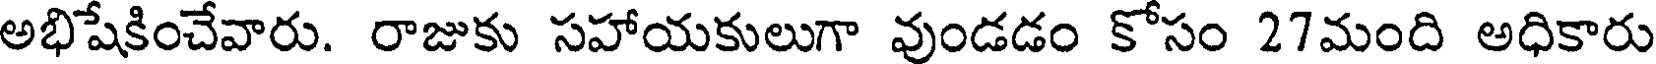
అభిషేకించేవారు. రాజుకు సహాయకులుగా వుండడం కోసం 27మంది అధికారు